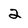
Character: 2